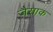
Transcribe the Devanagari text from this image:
जैसाक